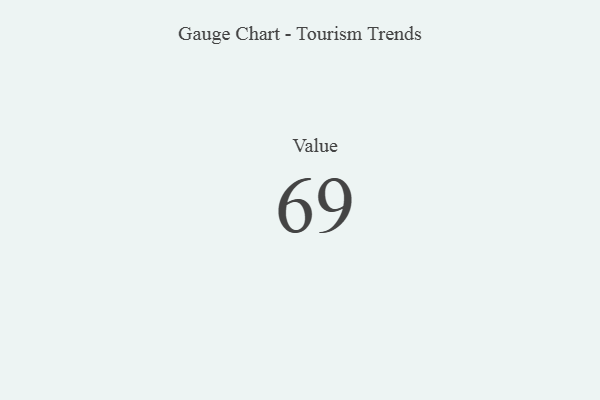
{"axis": {"x": "Metric", "y": "Value"}, "legend": [""], "data": [{"x": "Value", "y": 69, "type": ""}]}